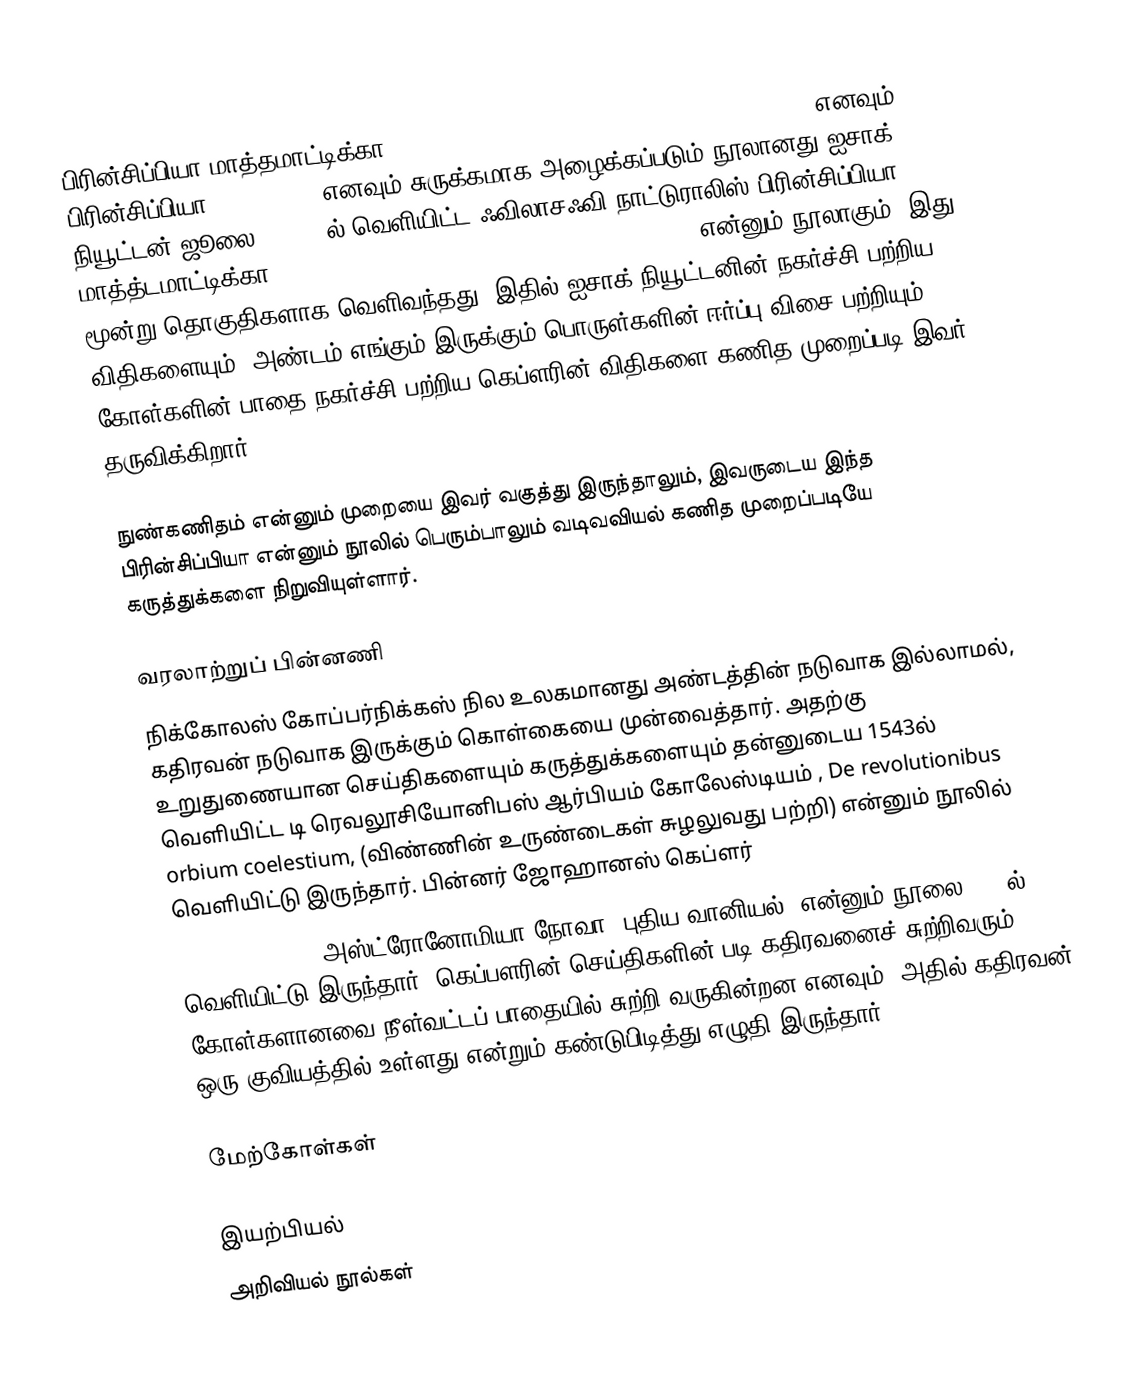
பிரின்சிப்பியா மாத்தமாட்டிக்கா (Philosophiae naturalis principia mathematica) எனவும் பிரின்சிப்பியா (Principia) எனவும் சுருக்கமாக அழைக்கப்படும் நூலானது ஐசாக் நியூட்டன் ஜூலை 5, 1687ல் வெளியிட்ட ஃவிலாசஃவி நாட்டுராலிஸ் பிரின்சிப்பியா மாத்த்டமாட்டிக்கா (Philosophiae Naturalis Principia Mathematica) என்னும் நூலாகும். இது மூன்று தொகுதிகளாக வெளிவந்தது. இதில் ஐசாக் நியூட்டனின் நகர்ச்சி பற்றிய விதிகளையும், அண்டம் எங்கும் இருக்கும் பொருள்களின் ஈர்ப்பு விசை பற்றியும், கோள்களின் பாதை நகர்ச்சி பற்றிய கெப்ளரின் விதிகளை கணித முறைப்படி இவர் தருவிக்கிறார்.

நுண்கணிதம் என்னும் முறையை இவர் வகுத்து இருந்தாலும், இவருடைய இந்த பிரின்சிப்பியா என்னும் நூலில் பெரும்பாலும் வடிவவியல் கணித முறைப்படியே கருத்துக்களை நிறுவியுள்ளார்.

வரலாற்றுப் பின்னணி
நிக்கோலஸ் கோப்பர்நிக்கஸ் நில உலகமானது அண்டத்தின் நடுவாக இல்லாமல், கதிரவன் நடுவாக இருக்கும் கொள்கையை முன்வைத்தார். அதற்கு உறுதுணையான செய்திகளையும் கருத்துக்களையும் தன்னுடைய 1543ல் வெளியிட்ட டி ரெவலூசியோனிபஸ் ஆர்பியம் கோலேஸ்டியம் , De revolutionibus orbium coelestium, (விண்ணின் உருண்டைகள் சுழலுவது பற்றி) என்னும் நூலில் வெளியிட்டு இருந்தார். பின்னர் ஜோஹானஸ் கெப்ளர்
Astronomia nova அஸ்ட்ரோனோமியா நோவா (புதிய வானியல்) என்னும் நூலை 1609ல் வெளியிட்டு இருந்தார். கெப்பளரின் செய்திகளின் படி கதிரவனைச் சுற்றிவரும் கோள்களானவை நீள்வட்டப் பாதையில் சுற்றி வருகின்றன எனவும், அதில் கதிரவன் ஒரு குவியத்தில் உள்ளது என்றும் கண்டுபிடித்து எழுதி இருந்தார்.

மேற்கோள்கள்

இயற்பியல்
அறிவியல் நூல்கள்